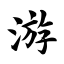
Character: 游